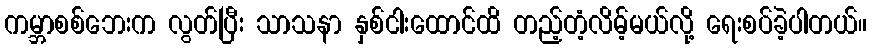
ကမ္ဘာစစ်ဘေးက လွတ်ပြီး သာသနာ နှစ်ငါးထောင်ထိ တည့်တံ့လိမ့်မယ်လို့ ရေးစပ်ခဲ့ပါတယ်။